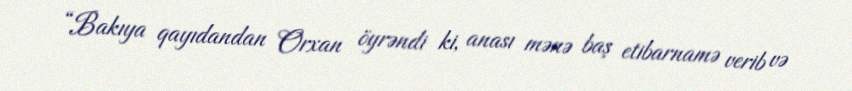
“Bakıya qayıdandan Orxan öyrəndi ki, anası mənə baş etibarnamə verib və